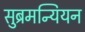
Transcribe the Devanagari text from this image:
सुब्रमन्यियन